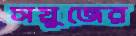
সয়ুজের